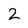
Character: 2